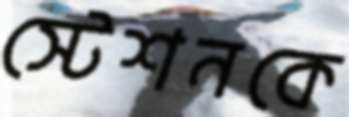
স্টেশনকে